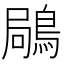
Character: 𪁵